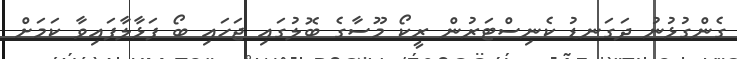
ގެންގުޅުނު ދަގަނޑު ކެނިސްޓަރުން ރީކޯ މޫސާގެ ބޮލުގައި ޖަހައި ބޯ ފަޅާލާފައިވާ ކަމަށް